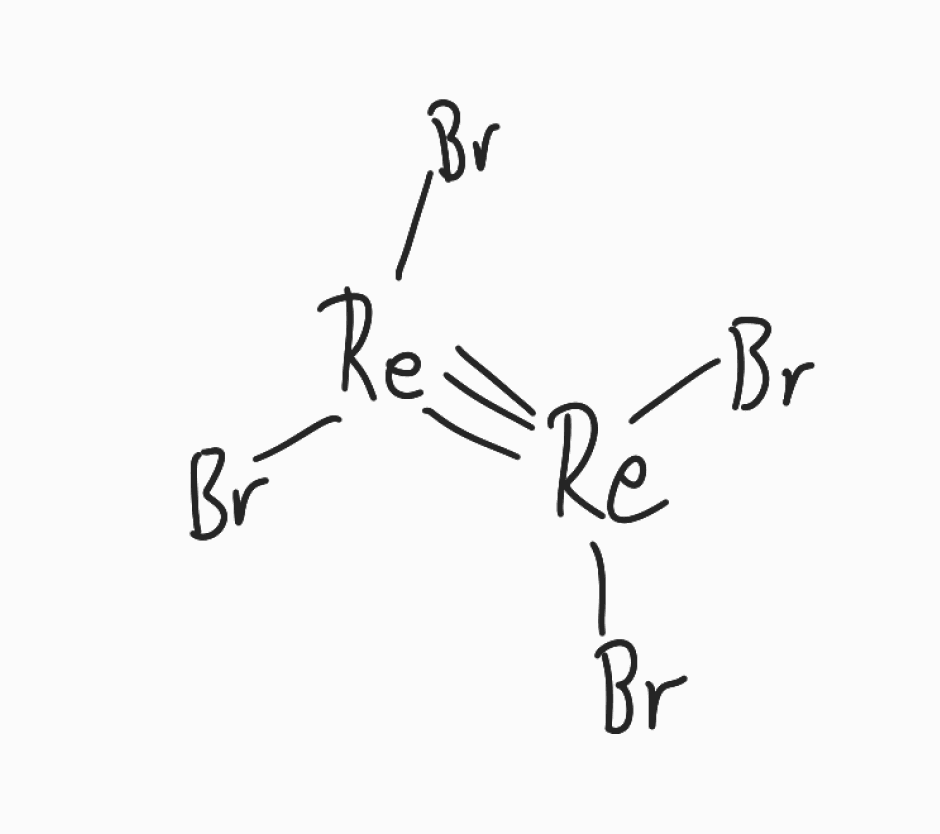
Simplified molecular-input line-entry system (SMILES) notation of the given molecule:
Br[Re](#[Re](Br)Br)Br